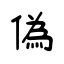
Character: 偽